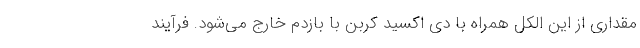
مقداری از این الکل همراه با دی اکسید کربن با بازدم خارج می‌شود. فرآیند